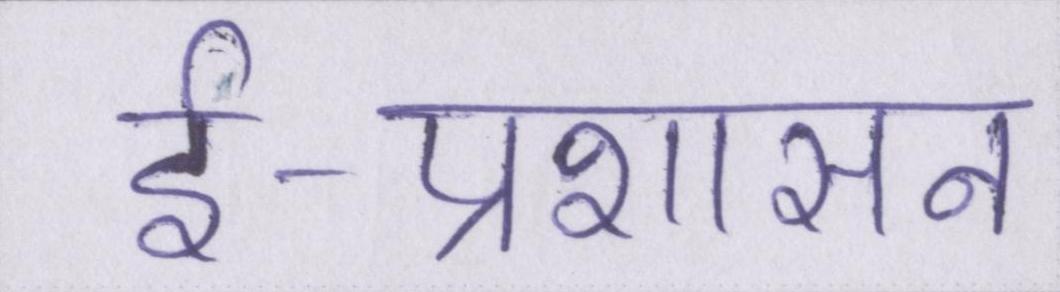
ई-प्रशासन